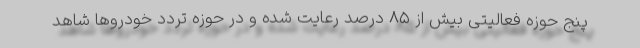
پنج حوزه فعالیتی بیش از ۸۵ درصد رعایت شده و در حوزه تردد خودروها شاهد